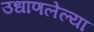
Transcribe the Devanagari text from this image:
उधाणलेल्‍या